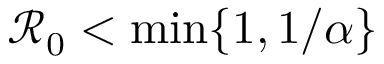
\mathcal { R } _ { 0 } < \operatorname* { m i n } \{ 1 , 1 / \alpha \}